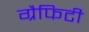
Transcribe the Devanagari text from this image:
ग्रैफिटी